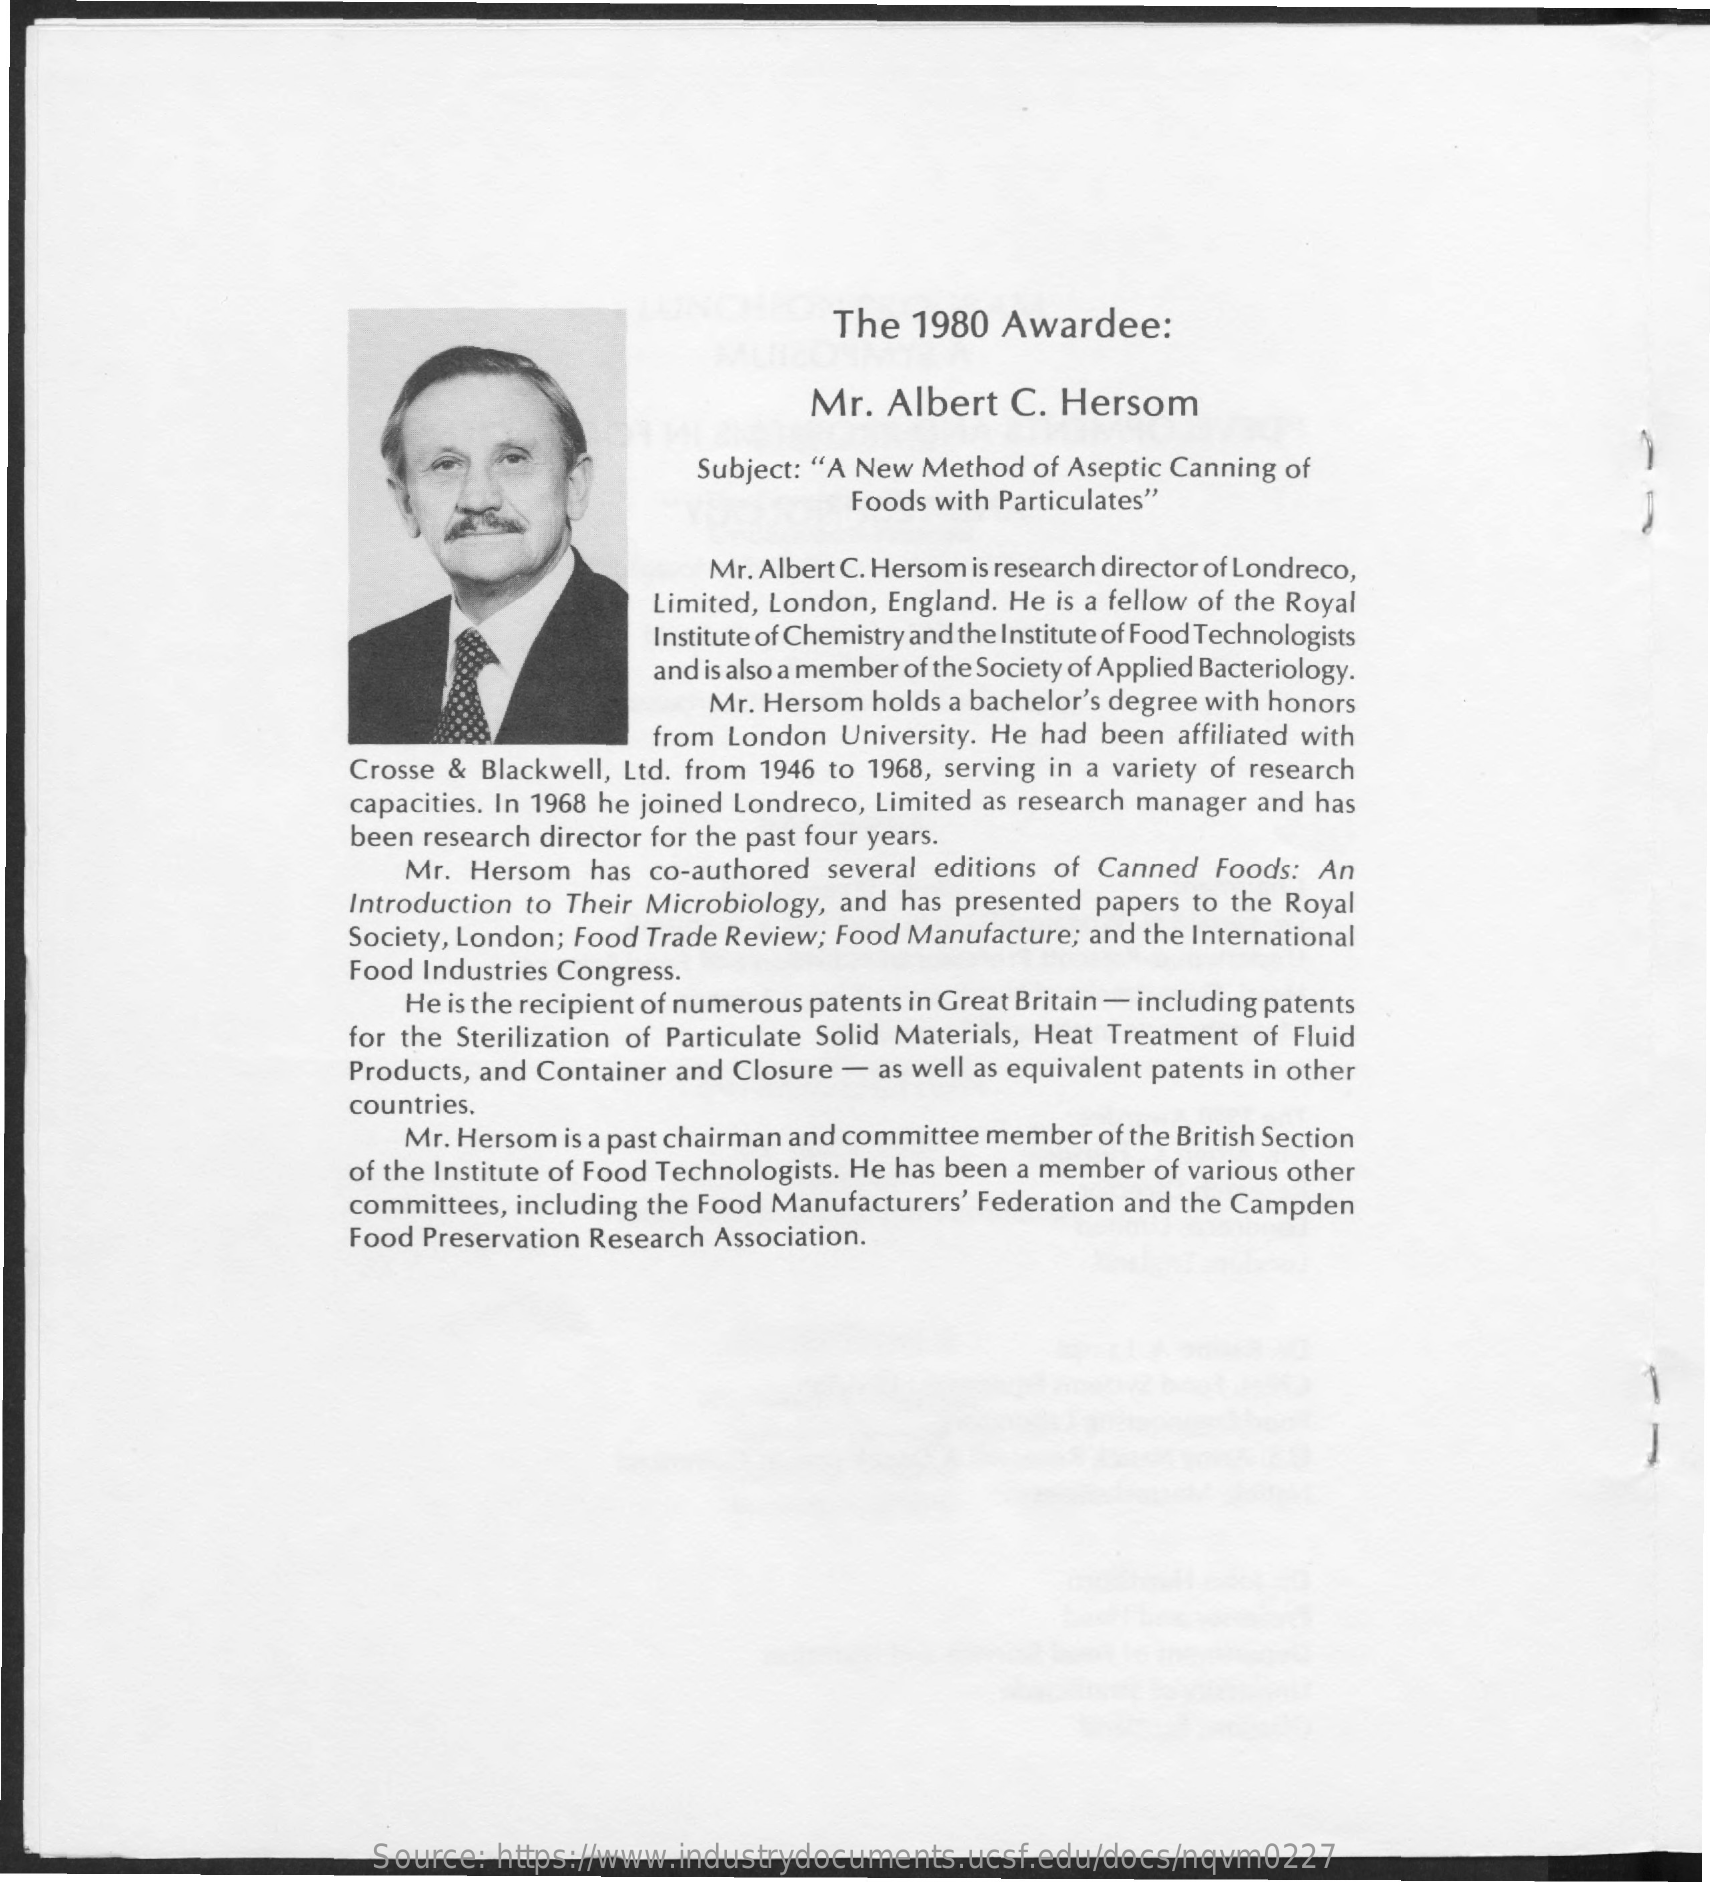
The  1980  Awardee:
     Mr.  Albert  C. Hersom
     -
     Subject: "A New Method of Aseptic Canning of
     Foods with Particulates"
     Mr. Albert C. Hersom is research director of Londreco,
     Limited, London, England. He is a fellow of the Royal
     Institute of Chemistry and the Institute of Food Technologists
     and is also a member of the Society of Applied Bacteriology.
     Mr. Hersom holds a bachelor's degree with honors
     from London  University. He had been affiliated with
     Crosse & Blackwell, Ltd. from 1946 to 1968, serving in a variety of research
     capacities. In 1968 he joined Londreco, Limited as research manager and has
     been research director for the past four years.
     Mr. Hersom  has co-authored several editions of Canned Foods: An
     Introduction to Their Microbiology, and has presented papers to the Royal
     Society, London; Food Trade Review; Food Manufacture; and the International
     Food Industries Congress.
     He is the recipient of numerous patents in Great Britain - including patents
     for the Sterilization of Particulate Solid Materials, Heat Treatment of Fluid
     Products, and Container and Closure - as well as equivalent patents in other
     countries.
     Mr. Hersom is a past chairman and committee member of the British Section
     of the Institute of Food Technologists. He has been a member of various other
     committees, including the Food Manufacturers' Federation and the Campden
     Food Preservation Research Association.
     -
     -
     Source:  https://www.industrydocuments.ucsf.edu/docs/nqvm0227